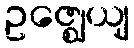
ဥဇ္ဈေယျ